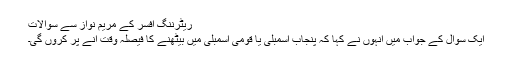
ریٹرننگ افسر کے مریم نواز سے سوالات
ایک سوال کے جواب میں انہوں نے کہا کہ پنجاب اسمبلی یا قومی اسمبلی میں بیٹھنے کا فیصلہ وقت آنے پر کروں گی۔